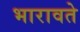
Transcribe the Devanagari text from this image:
भारावते